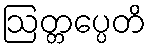
ဩတ္တပ္ပေတိ